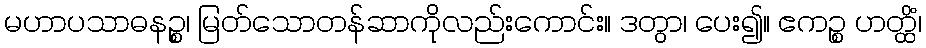
မဟာပသာဓနဉ္စ၊ မြတ်သောတန်ဆာကိုလည်းကောင်း။ ဒတွာ၊ ပေး၍။ ဧကဉ္စ ဟတ္ထိံ၊